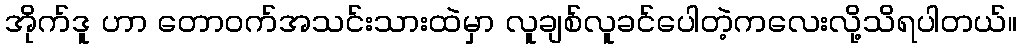
အိုက်ဒူ ဟာ တောဝက်အသင်းသားထဲမှာ လူချစ်လူခင်ပေါတဲ့ကလေးလို့သိရပါတယ်။